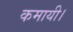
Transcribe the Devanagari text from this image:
कमायी।